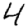
Digit: 4